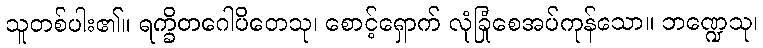
သူတစ်ပါး၏။ ရက္ခိတဂေါပိတေသု၊ စောင့်ရှောက် လုံခြုံစေအပ်ကုန်သော။ ဘဏ္ဍေသု၊